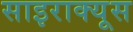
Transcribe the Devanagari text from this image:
साइराक्यूस